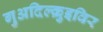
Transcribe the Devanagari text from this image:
गुअदिल्क़ुइविर